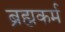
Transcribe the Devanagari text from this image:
ब्रह्मकर्म